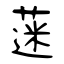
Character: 蒾